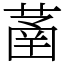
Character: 䓿